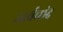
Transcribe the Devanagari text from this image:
ऊर्ध्वच्छंद